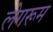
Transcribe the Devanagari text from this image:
लेगरूम